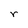
Character: r